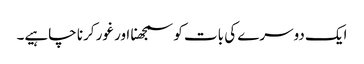
ایک دوسرے کی بات کو سمجھنا اور غور کرنا چاہیے۔